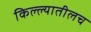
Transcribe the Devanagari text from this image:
किल्ल्यातीलच